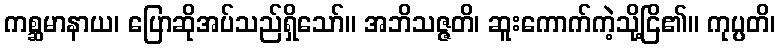
ကစ္ဆမာနာယ၊ ပြောဆိုအပ်သည်ရှိသော်။ အဘိသဇ္ဇတိ၊ ဆူးကောက်ကဲ့သို့ငြိ၏။ ကုပ္ပတိ၊